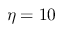
\eta = 1 0